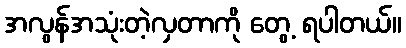
အလွန်အသုံးတဲ့လှတာကို တွေ့ ရပါတယ်။